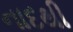
નાદથી